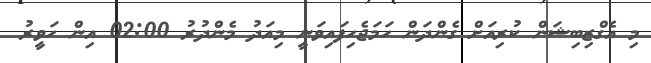
މި އެގްޒިބިޝަން ކުރިއަށް ގެންދަން ހަމަޖެހިފައިވަނީ މިއަދު މެންދުރު 02:00 އިން ހަވީރު